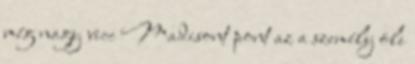
még nagy vicc Madisont pont az a személy öli